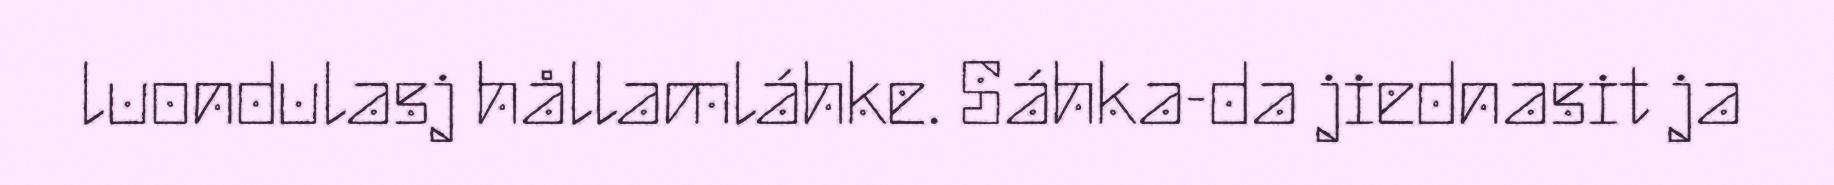
luondulasj hållamláhke. Sáhka-da jiednasit ja